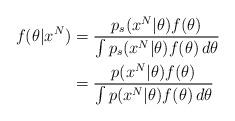
LaTeX: \begin{align*}f(\theta|x^N)&=\frac{p_s(x^N|\theta)f(\theta)}{\int p_s(x^N|\theta)f(\theta)\,d\theta}\\&=\frac{p(x^N|\theta)f(\theta)}{\int p(x^N|\theta)f(\theta)\,d\theta}\end{align*}